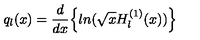
q _ { l } ( x ) = \frac { d } { d x } \Bigl \{ l n ( \sqrt { x } H _ { l } ^ { ( 1 ) } ( x ) ) \Bigl \}